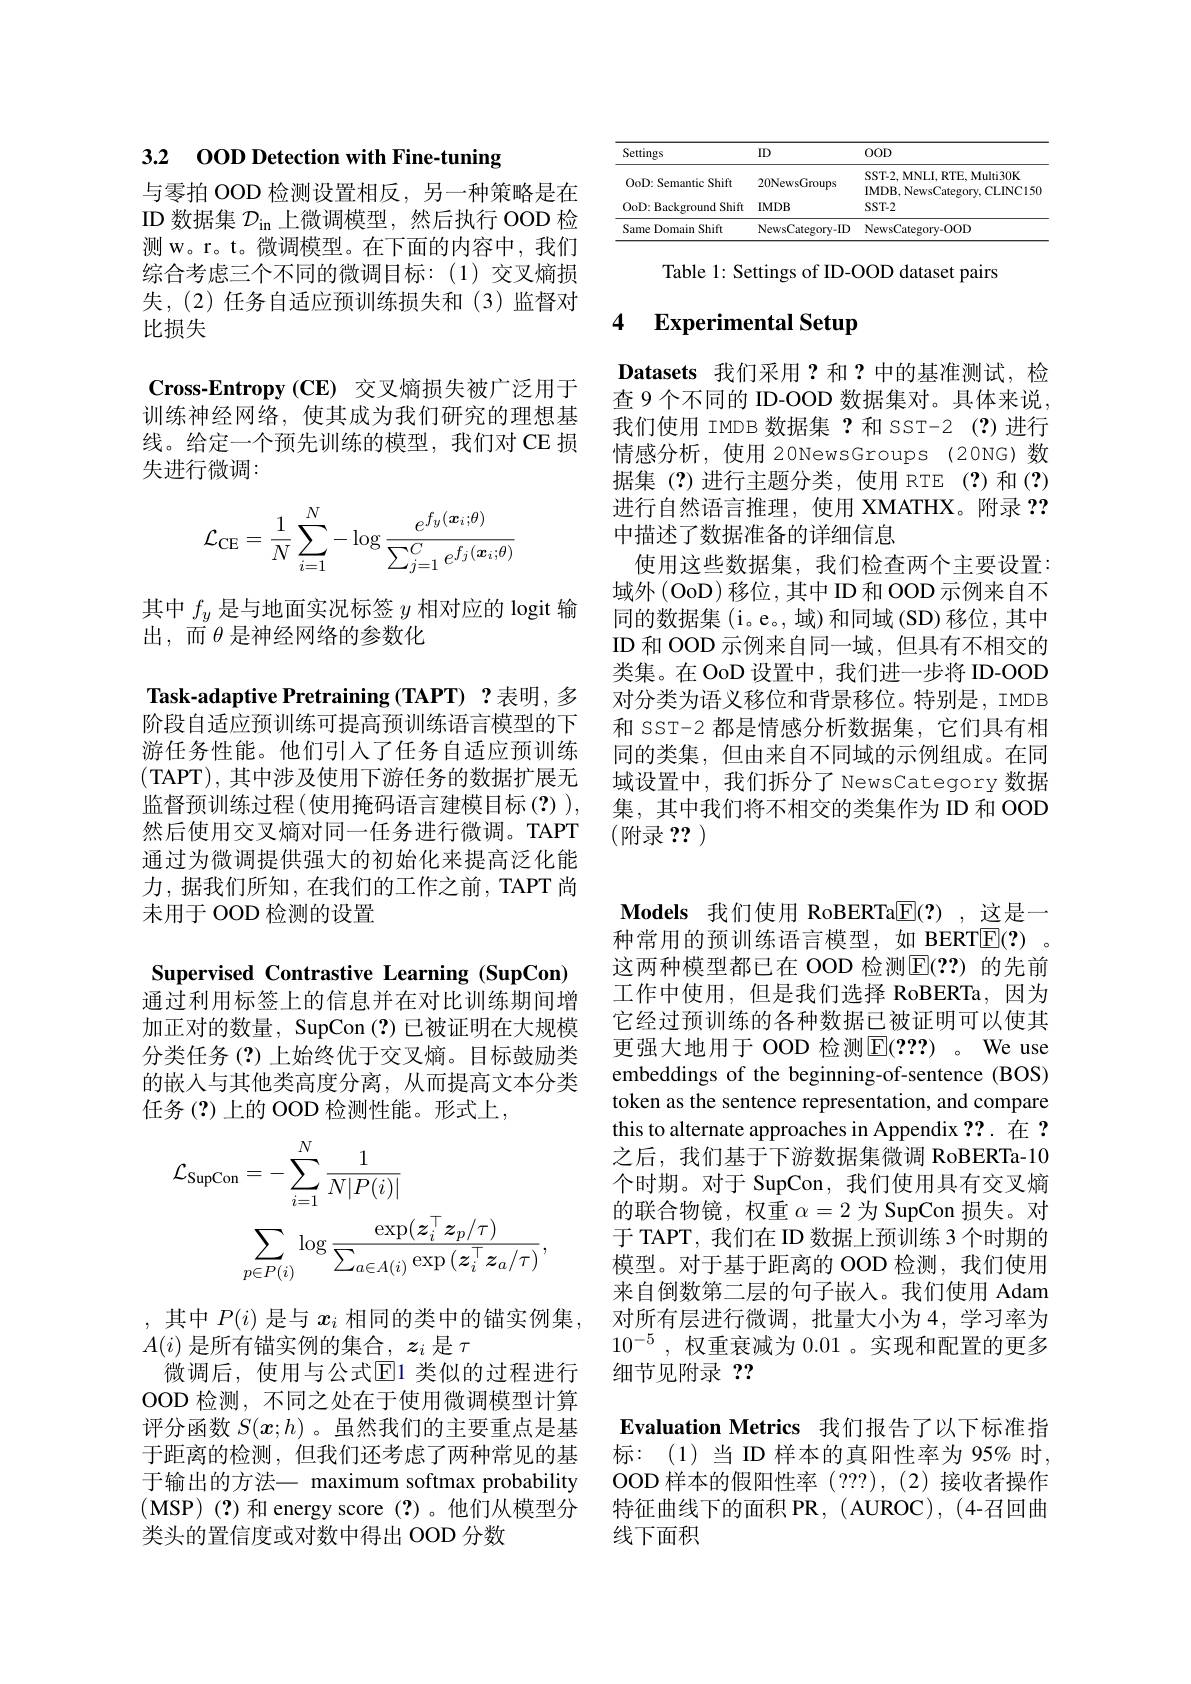
# 3.2 00D Detection with Fine-tuning

与零拍 OOD 检测设置相反，另一种策略是在ID 数据集$\mathcal{D}_\mathrm{in}$上微调模型，然后执行 OOD 检测 w。r。t。微调模型。在下面的内容中，我们综合考虑三个不同的微调目标：(1)交叉熵损失，(2)任务自适应预训练损失和(3)监督对比损失

$\mathbf{Cross-Entropy(CE)}$交叉熵损失被广泛用于训练神经网络，使其成为我们研究的理想基线。给定一个预先训练的模型，我们对CE 损失进行微调：
$$\mathcal{L}_{\mathrm{CE}}=\frac{1}{N}\sum_{i=1}^{N}-\log\frac{e^{f_{y}(\boldsymbol{x}_{i};\theta)}}{\sum_{j=1}^{C}e^{f_{j}(\boldsymbol{x}_{i};\theta)}}$$
其中$f_y$是与地面实况标签$y$相对应的 logit 输
出，而$\theta$是神经网络的参数化

Task-adaptive Pretraining (TAPT) ?表明，多阶段自适应预训练可提高预训练语言模型的下游任务性能。他们引入了任务自适应预训练(TAPT),其中涉及使用下游任务的数据扩展无监督预训练过程(使用掩码语言建模目标(?)), 然后使用交叉熵对同一任务进行微调。TAPT 通过为微调提供强大的初始化来提高泛化能力，据我们所知，在我们的工作之前，TAPT 尚未用于 OOD 检测的设置

<table>
	<tbody>
		<tr>
			<th>Settings</th>
			<th>ID</th>
			<th>$00D$</th>
		</tr>
		<tr>
			<td>OoD: Semantic Shift</td>
			<td>20NewsGroups</td>
			<td>SST-2, MNLI, RTE, Multi30K IMDR Naust TINCIS</td>
		</tr>
		<tr>
			<td>OoD: Background Shift</td>
			<td>$IMDB$</td>
			<td>$SST-2$</td>
		</tr>
		<tr>
			<td>Same Domain Shift</td>
			<td>NewsCategory-ID</td>
			<td>NewsCategory-OOD</td>
		</tr>
	</tbody>
</table>

Table 1: Settings of ID-OOD dataset pairs

## 4 Experimental Setup

Datasets 我们采用？和？中的基准测试，检查 9 个不同的 ID-OOD 数据集对。具体来说我们使用 IMDB 数据集 ?和 SST-2(?)进行情感分析，使用 20NewsGroups(20NG)数据集(?)进行主题分类，使用 RTE(?)和(?) 进行自然语言推理，使用 XMATHX。附录？? 中描述了数据准备的详细信息
使用这些数据集，我们检查两个主要设置： 域外(OoD)移位，其中ID和OOD示例来自不同的数据集(i。e。, 域) 和同域 (SD) 移位，其中ID 和 OOD 示例来自同一域，但具有不相交的类集。在 OoD 设置中，我们进一步将 ID-OOD 对分类为语义移位和背景移位。特别是，IMDB 和 SST-2 都是情感分析数据集，它们具有相同的类集，但由来自不同域的示例组成。在同域设置中，我们拆分了 NewsCategory 数据集，其中我们将不相交的类集作为 ID 和 OOD (附录？?)

$\textbf{Models 我 们 使 用 RoBERTa}\boxed{\mathrm{F} }( ? )$,这是一种常用的预训练语言模型，如 BERT$\overline{\mathbb{E}}(?)$ 这两种模型都已在 OOD 检测$\mathbb{E}(??)$ 的先前工作中使用，但是我们选择 RoBERTa,因为它经过预训练的各种数据已被证明可以使其更强大地用于 OOD 检测E(???) 。We use embeddings of the beginning-of-sentence (BOS) token as the sentence representation, and compare this to alternate approaches in Appendix ??.在 ? 之后，我们基于下游数据集微调 RoBERTa-10个时期。对于 SupCon, 我们使用具有交叉熵的联合物镜，权重$\alpha=2$为 SupCon 损失。对于 TAPT, 我们在 ID 数据上预训练 3 个时期的模型。对于基于距离的 OOD 检测，我们使用来自倒数第二层的句子嵌人。我们使用 Adam 对所有层进行微调，批量大小为4，学习率为$10^{-5}$,权重衰减为0.01 。实现和配置的更多细节见附录？?

Evaluation Metrics 我们报告了以下标准指标：(1)当 ID 样本的真阳性率为 95% 时， OOD 样本的假阳性率 (???),(2)接收者操作特征曲线下的面积 PR, (AUROC), (4-召回曲线下面积

Supervised Contrastive Learning (SupCon) 通过利用标签上的信息并在对比训练期间增加正对的数量，SupCon(?)已被证明在大规模分类任务(?)上始终优于交叉熵。目标鼓励类的嵌入与其他类高度分离，从而提高文本分类任务 (?) 上的 OOD 检测性能。形式上，
$$\begin{aligned}\mathcal{L}_{\mathrm{SupCon}}&=-\sum_{i=1}^{N}\frac{1}{N|P(i)|}\\&\sum_{p\in P(i)}\log\frac{\exp(\boldsymbol{z}_{i}^{\top}\boldsymbol{z}_{p}/\tau)}{\sum_{a\in A(i)}\exp{(\boldsymbol{z}_{i}^{\top}\boldsymbol{z}_{a}/\tau)}},\end{aligned}$$
,其中$P(i)$是与$x_i$相同的类中的锚实例集，
$A(i)$是所有锚实例的集合，$z_i$是$\tau$
微调后，使用与公式$\mathbb{E}$1 类似的过程进行OOD 检测，不同之处在于使用微调模型计算评分函数$S(\boldsymbol{x};h)$ 。虽然我们的主要重点是基于距离的检测，但我们还考虑了两种常见的基于输出的方法一 maximum softmax probability (MSP)(?)和 energy score(?)。他们从模型分类头的置信度或对数中得出 OOD 分数